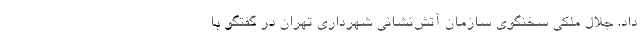
داد. جلال ملکی سخنگوی سازمان آتش‌نشانی شهرداری تهران در گفتگو با